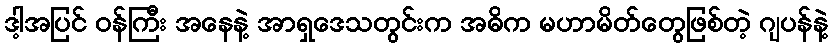
ဒါ့အပြင် ဝန်ကြီး အနေနဲ့ အာရှဒေသတွင်းက အဓိက မဟာမိတ်တွေဖြစ်တဲ့ ဂျပန်နဲ့